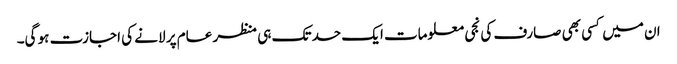
ان میں کسی بھی صارف کی نجی معلومات ایک حد تک ہی منظر عام پر لانے کی اجازت ہو گی۔